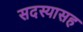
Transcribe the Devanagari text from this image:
सदस्यासह